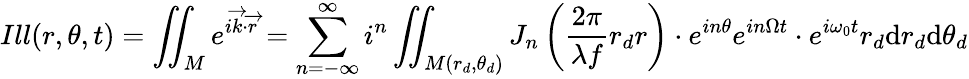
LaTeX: Ill(r,\theta,t)=\iint_{M}e^{i\overrightarrow{k}\cdot\overrightarrow{r}}=\sum_{n=-\infty}^{\infty}i^{n}\iint_{M(r_{d},\theta_{d})}J_{n}\left(\frac{2\pi}{\lambda f}r_{d}r\right)\cdot e^{in\theta}e^{in\Omega t}\cdot e^{i\omega_{0}t}r_{d}\mathrm{d}r_{d}\mathrm{d}\theta_{d}